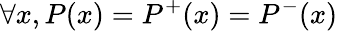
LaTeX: \forall x,P(x)=P^{+}(x)=P^{-}(x)